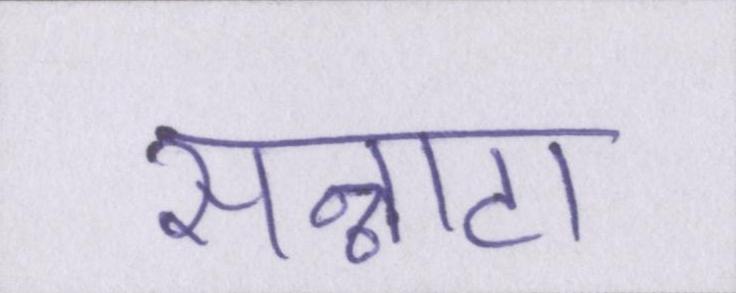
सन्नाटा